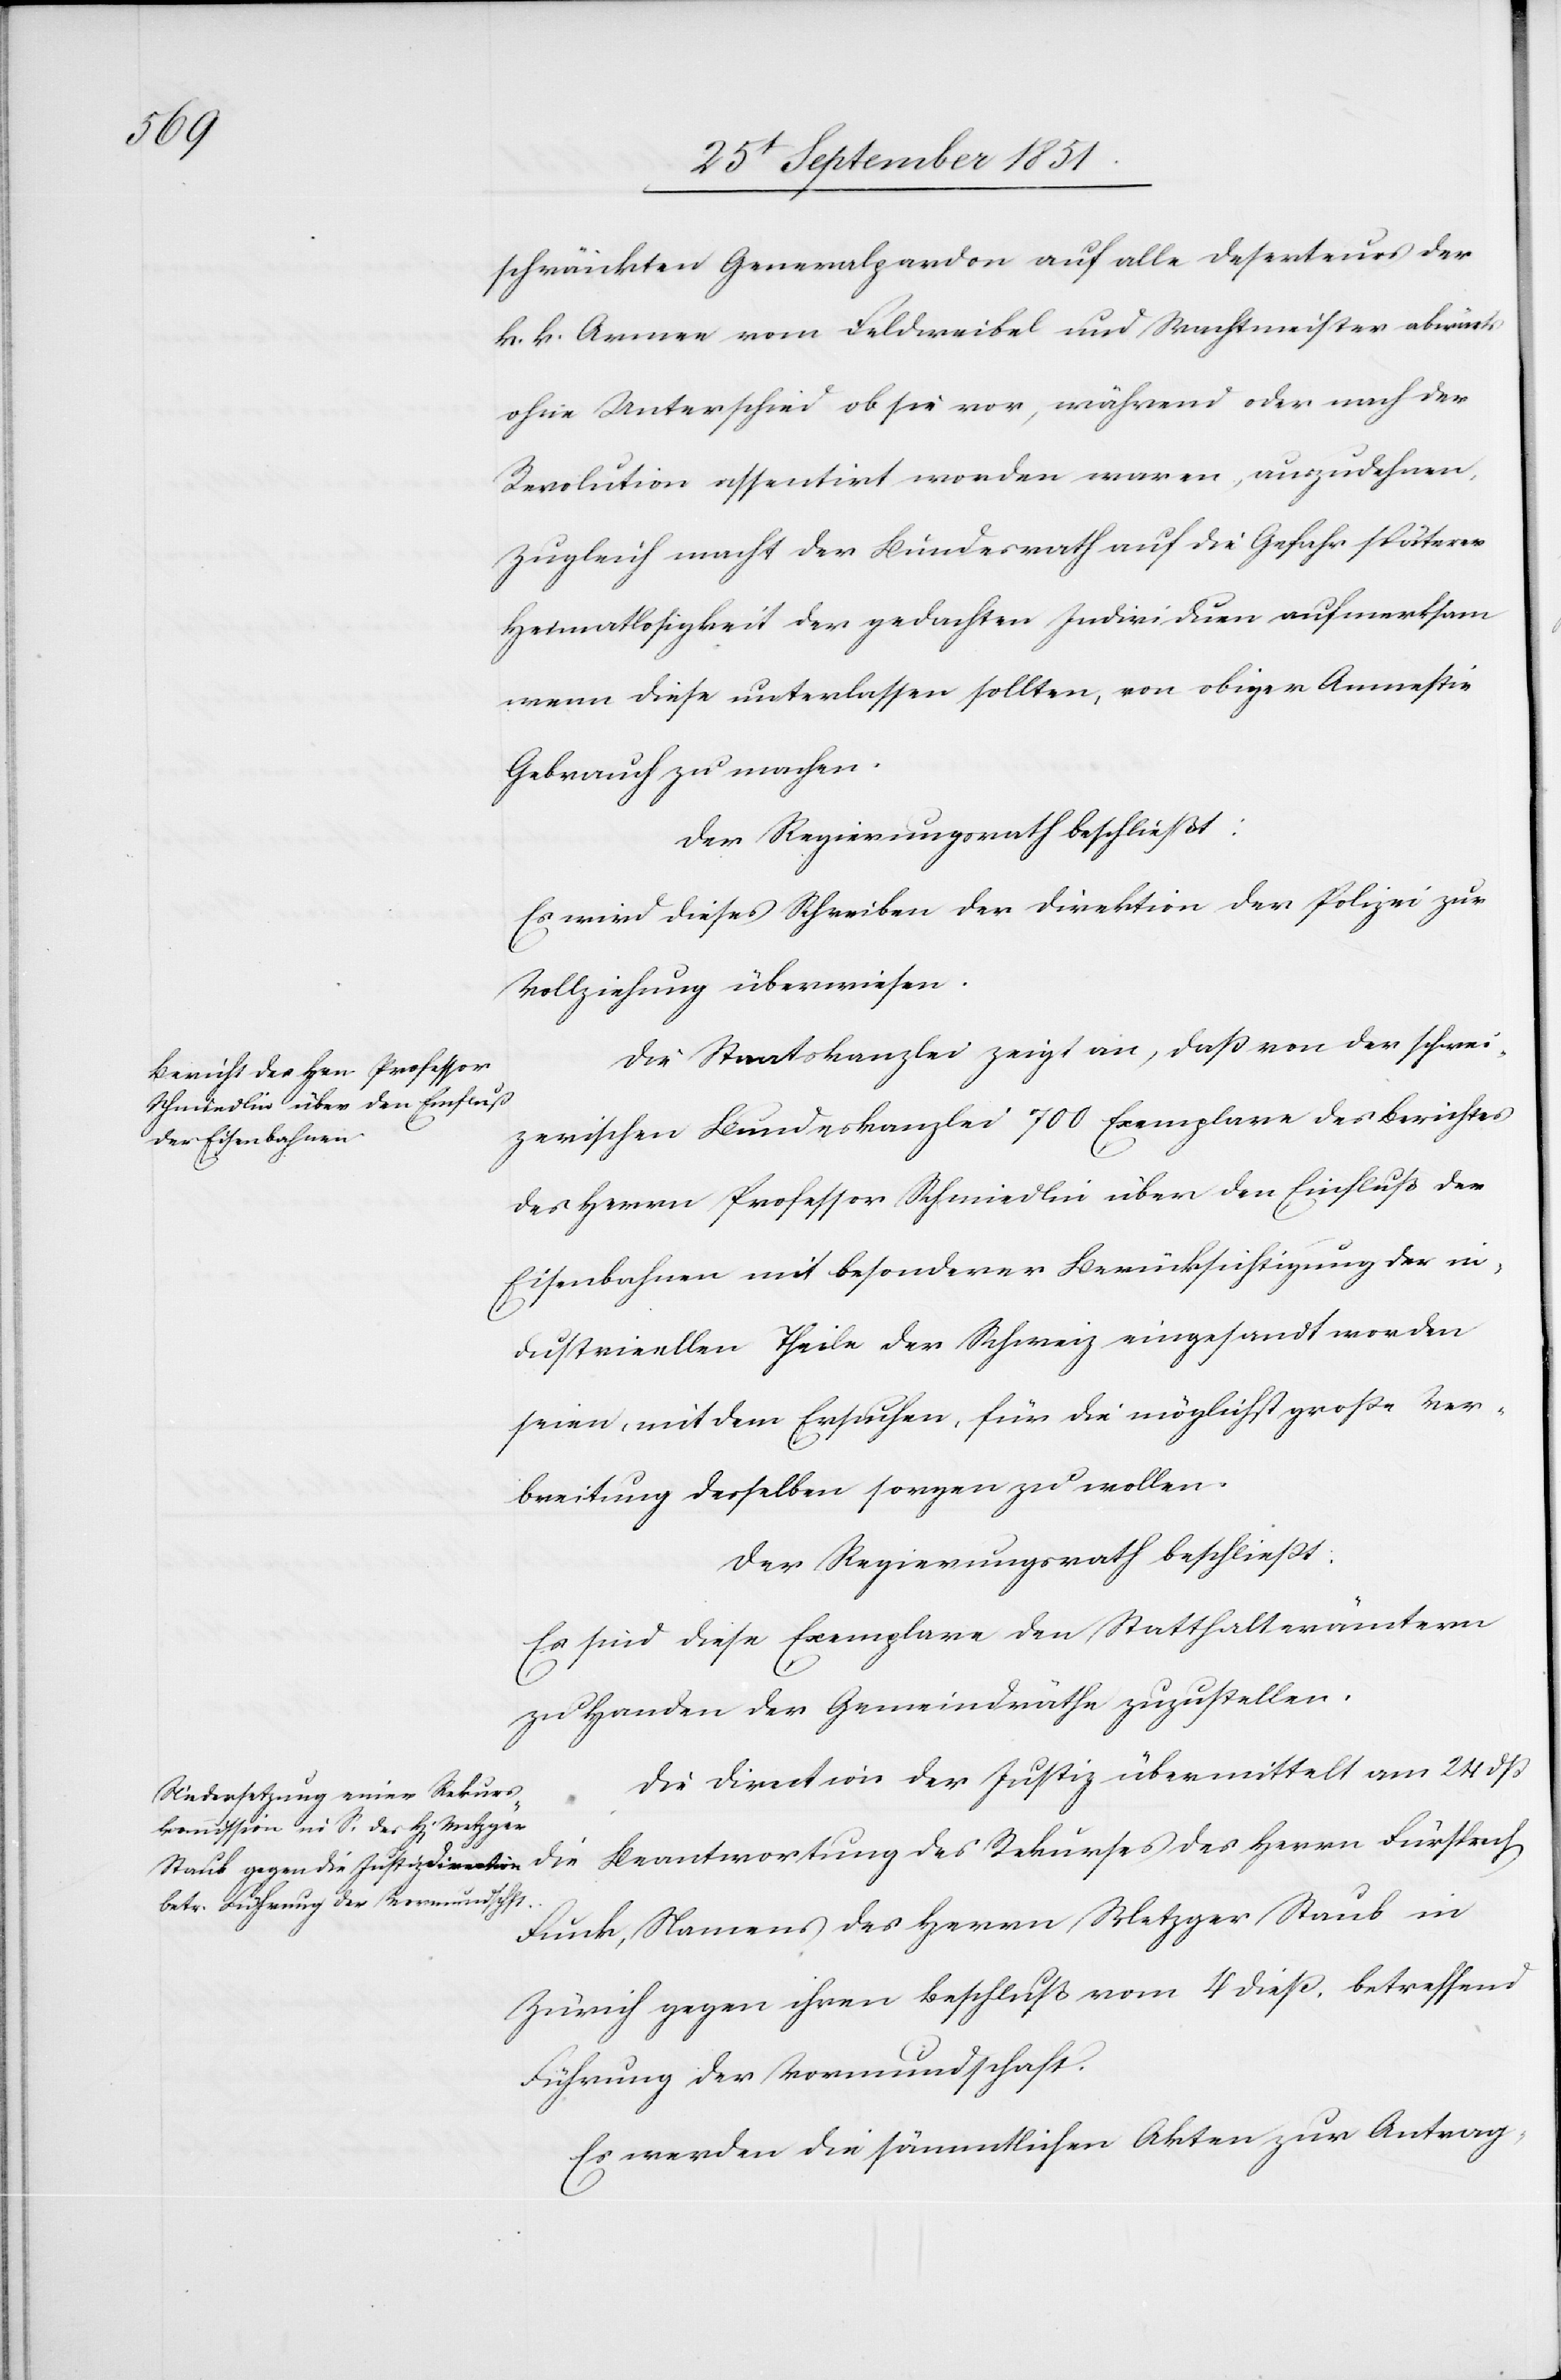
schränkten Generalpardon auf alle Deserteurs der
k. k. Armee vom Feldweibel und Wachtmeister abwärts
ohne Unterschied ob sie vor, während oder nach der
Revolution assentirt worden waren, auszudehnen.
Zugleich macht der Bundesrath auf die Gefahr späterer
Heimatlosigkeit der gedachten Individuen aufmerksam
wenn diese unterlassen sollten, von obiger Amnestie
Gebrauch zu machen.
Der Regierungsrath beschließt:
Es wird dieses Schreiben der Direktion der Polizei zur
Vollziehung überwiesen.
Die Staatskanzlei zeigt an, daß von der schwei¬
zerischen Bundeskanzlei 700 Exemplare des Berichtes
des Herrn Professor Schmiedlin über den Einfluß der
Eisenbahnen mit besonderer Berücksichtigung der in¬
dustrieellen Theile der Schweiz eingesandt worden
seien, mit dem Ersuchen, für die möglichst große Ver¬
breitung desselben sorgen zu wollen.
Der Regierungsrath beschließt:
Es sind diese Exemplare den Statthalterämtern
zu Handen der Gemeindräthe zuzustellen.
Die Direction der Justiz übermittelt am 24 dß
die Beantwortung des Rekurses des Herrn Fürsprech
Funk, Namens des Herrn Metzger Staub in
Zürich gegen ihren Beschluß vom 4 dieß, betreffend
Führung der Vormundschaft.
Es werden die sämmtlichen Akten zur Antrag-